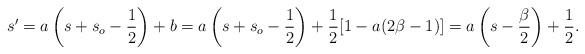
LaTeX: \begin{align*}s' = a \left(s + s_o - \frac{1}{2}\right) + b =a \left(s + s_o - \frac{1}{2}\right) + \frac{1}{2} [1 - a (2 \beta - 1)] =a \left(s - \frac{\beta}{2}\right) + \frac{1}{2}.\end{align*}